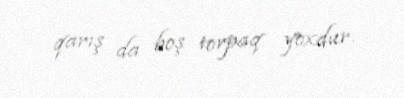
qarış da boş torpaq yoxdur.